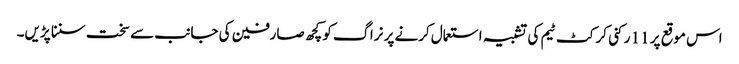
اس موقع پر 11 رکنی کرکٹ ٹیم کی تشبیہ استعمال کرنے پر نراگ کو کچھ صارفین کی جانب سے سخت سننا پڑیں۔